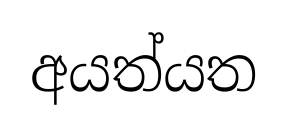
අයත්යත